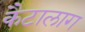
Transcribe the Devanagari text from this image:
कैटालाग